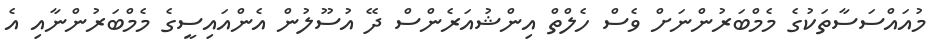
މުއައްސަސާތަކުގެ މެމްބަރުންނަށް ވެސް ހެލްތް އިންޝުއަރެންސް ދޭ އުސޫލުން އެންއައިސީގެ މެމްބަރުންނާއި އެ